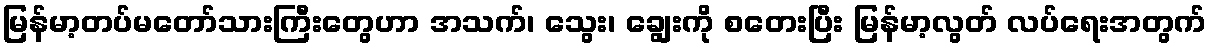
မြန်မာ့တပ်မတော်သားကြီးတွေဟာ အသက်၊ သွေး၊ ချွေးကို စတေးပြီး မြန်မာ့လွတ် လပ်ရေးအတွက်